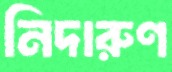
নিদারুণ